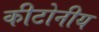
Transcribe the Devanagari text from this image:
कीटोनीय